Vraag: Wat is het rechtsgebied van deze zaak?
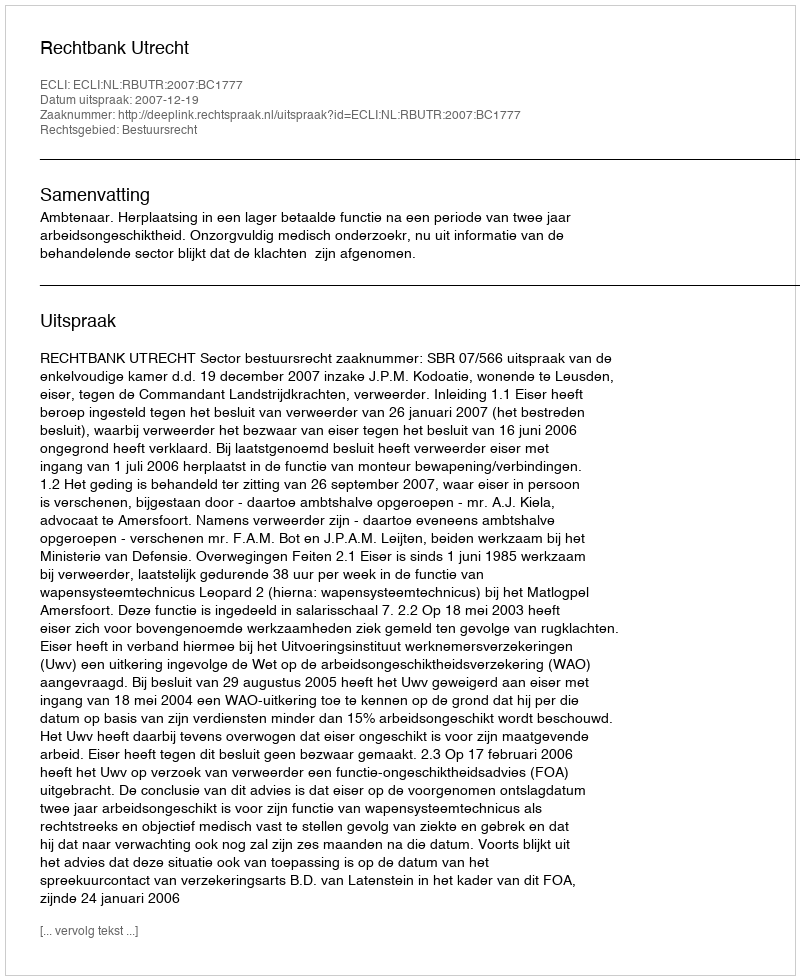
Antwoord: Bestuursrecht